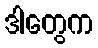
ဒါတွေက